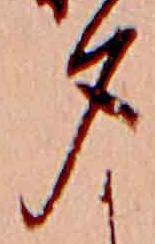
夕